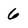
Character: 6